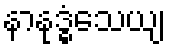
နာနုဒ္ဓံသေယျ